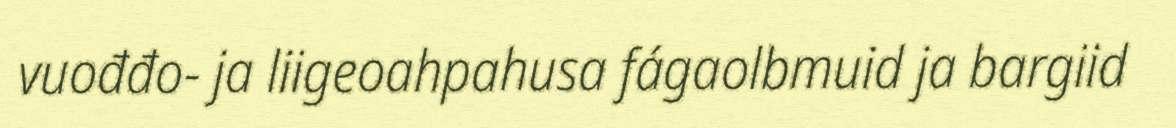
vuođđo- ja liigeoahpahusa fágaolbmuid ja bargiid